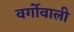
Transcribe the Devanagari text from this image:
वर्गोवाली